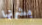
بشرتها